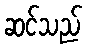
ဆင်သည်